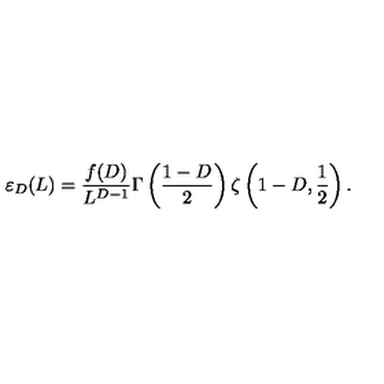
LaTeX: \varepsilon _ { D } ( L ) = \frac { f ( D ) } { L ^ { D - 1 } } \Gamma \left( \frac { 1 - D } { 2 } \right) \zeta \left( 1 - D , \frac 1 { 2 } \right) .